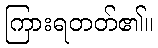
ကြားရတတ်၏။